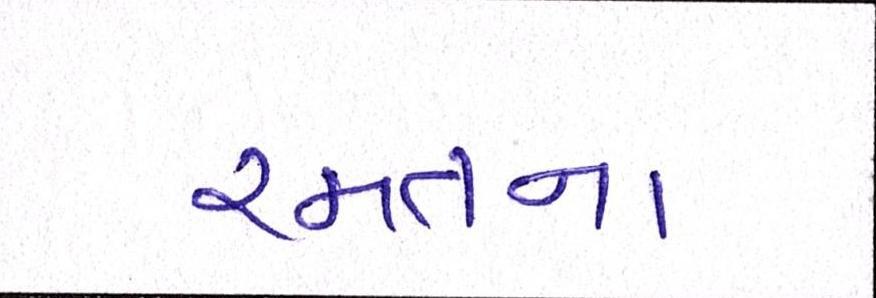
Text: રમતના